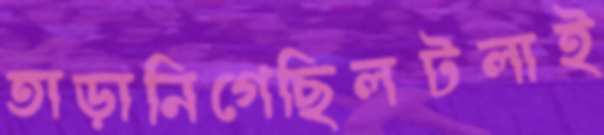
তাড়ানিগেছিলটলাই